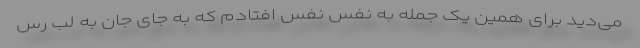
می‌دید برای همین یک جمله به نفس نفس افتادم که به جای جان به لب رس